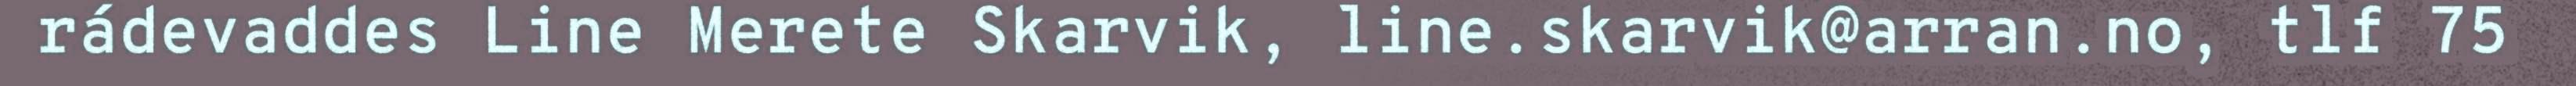
rádevaddes Line Merete Skarvik, line.skarvik@arran.no, tlf 75